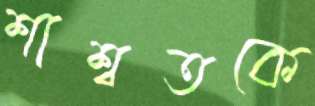
শাশ্বতকে